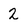
Character: 2